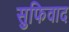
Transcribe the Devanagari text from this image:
सुफिवाद